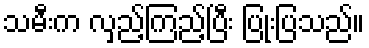
သမီးက လှည့်ကြည့်ပြီး ပြုံးပြသည်။